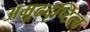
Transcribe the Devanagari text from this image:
अमूढदृष्टित्व